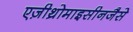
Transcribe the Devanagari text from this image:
एज़ीथ्रोमाइसीनजैसे